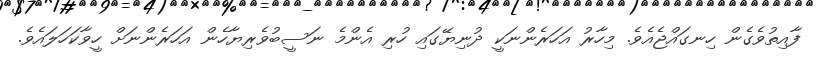
ފާއިތުވެގެން ހިނގައްޖެއެވެ. މިހާރު އަހަރެންނަކީ ދުނިޔޭގައި ހުރި އެންމެ ނަސީބުވެރިޔާހެން އަހަރެންނަށް ހީވާކަހަލައެވެ.